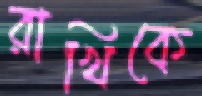
রাখিকে